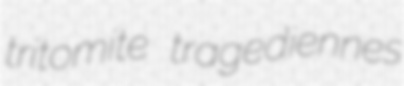
tritomite tragediennes